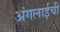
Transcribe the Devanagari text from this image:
अंगलाईची